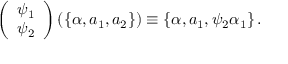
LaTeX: \left( \begin{array} { c } { { \psi _ { 1 } } } \\ { { \psi _ { 2 } } } \end{array} \right) \left( \left\{ \alpha , a _ { 1 } , a _ { 2 } \right\} \right) \equiv \left\{ \alpha , a _ { 1 } , \psi _ { 2 } \alpha _ { 1 } \right\} .